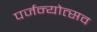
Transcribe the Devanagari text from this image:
पर्जन्योत्सव